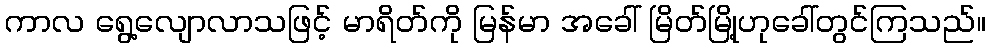
ကာလ ရွေ့လျောလာသဖြင့် မာရိတ်ကို မြန်မာ အခေါ် မြိတ်မြို့ဟုခေါ်တွင်ကြသည်။